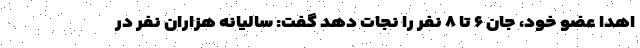
اهدا عضو خود، جان ۶ تا ۸ نفر را نجات دهد گفت: سالیانه هزاران نفر در